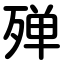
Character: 殚